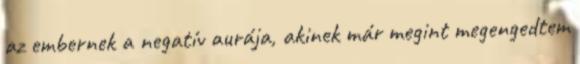
az embernek a negatív aurája, akinek már megint megengedtem